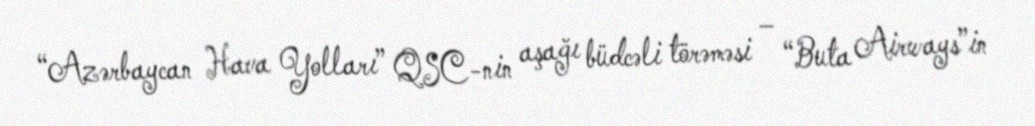
“Azərbaycan Hava Yolları” QSC-nin aşağı büdcəli törəməsi – “Buta Airways”in